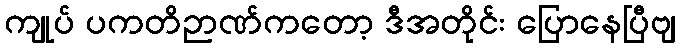
ကျုပ် ပကတိဉာဏ်ကတော့ ဒီအတိုင်း ပြောနေပြီဗျ